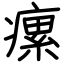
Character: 瘰